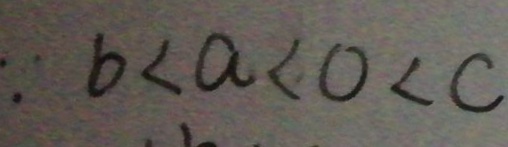
\because b < a < 0 < c